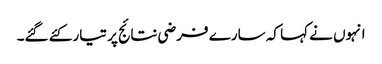
انہوں نے کہا کہ سارے فرضی نتائج پر تیار کئے گئے۔